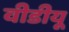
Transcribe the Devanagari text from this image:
वीडीयू